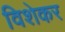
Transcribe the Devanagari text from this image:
विशेकर